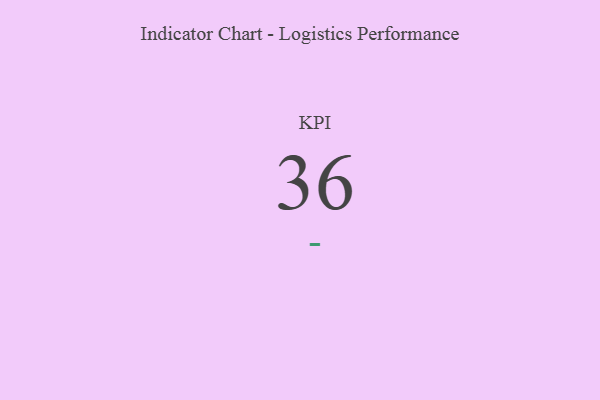
{"axis": {"x": "KPI", "y": "Value"}, "legend": [""], "data": [{"x": "KPI", "y": 36, "type": ""}]}